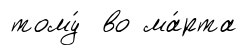
тому́ во ма́рта